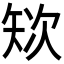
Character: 𱳞